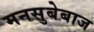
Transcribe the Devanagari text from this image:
मनसुबेबाज